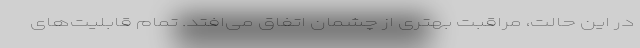
در این حالت، مراقبت بهتری از چشمان اتفاق می‌افتد. تمام قابلیت‌های